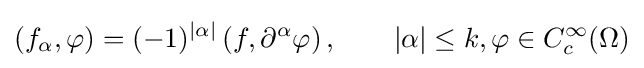
\left(f_{\alpha },\varphi \right)=(-1)^{|\alpha |}\left(f,\partial ^{\alpha }\varphi \right),\qquad |\alpha |\leq k,\varphi \in C_{c}^{\infty }(\Omega )